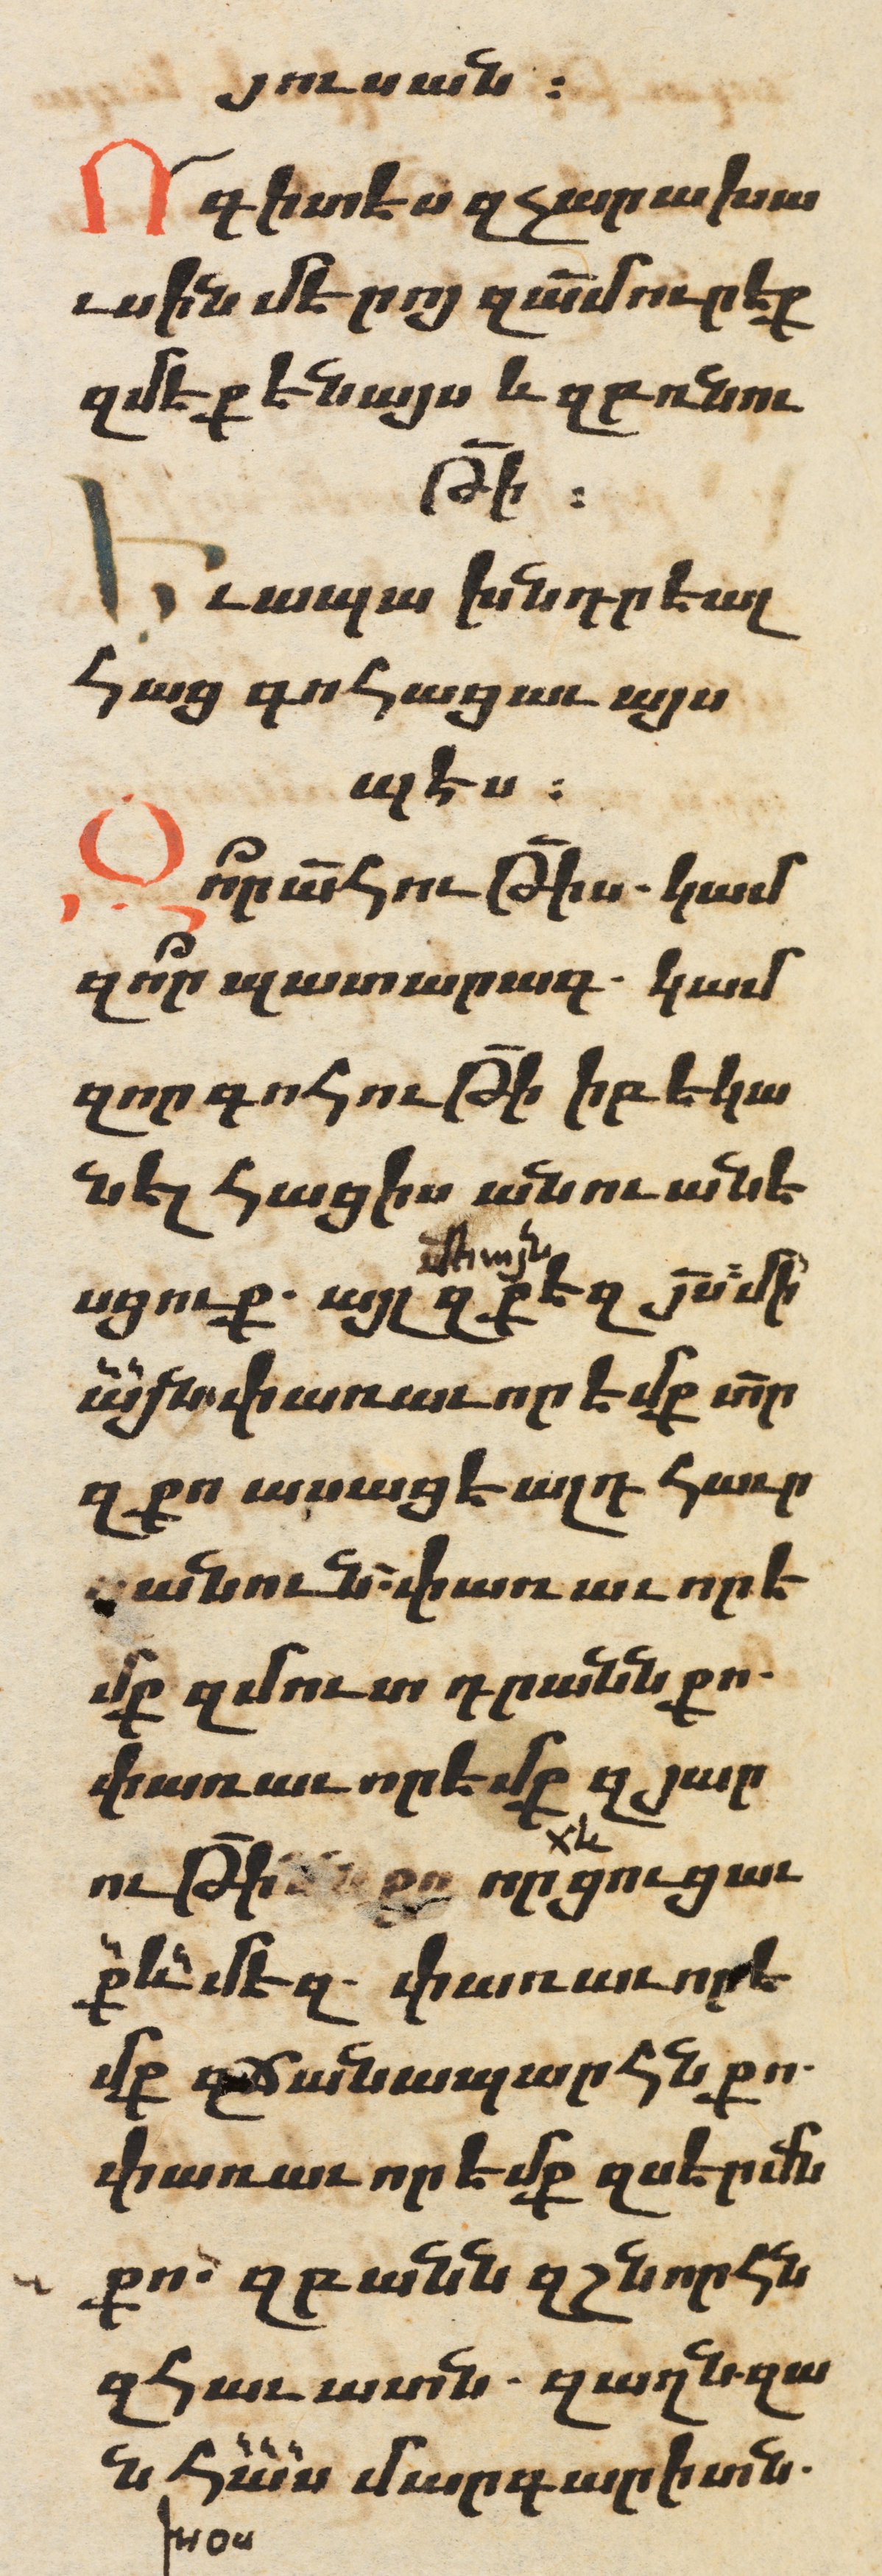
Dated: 1606–1606